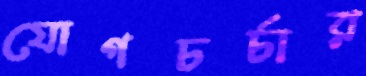
যোগচর্চার